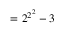
= { 2 ^ { 2 ^ { 2 } } } - 3